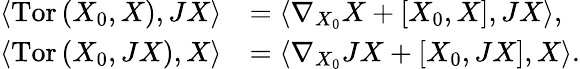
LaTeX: \begin{array}{rl}{\left\langle\mathrm{Tor}\left(X_{0},X\right),JX\right\rangle}&{=\left\langle\nabla_{X_{0}}X+\left[X_{0},X\right],JX\right\rangle,}\\ {\left\langle\mathrm{Tor}\left(X_{0},JX\right),X\right\rangle}&{=\left\langle\nabla_{X_{0}}JX+\left[X_{0},JX\right],X\right\rangle.}\end{array}